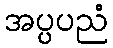
အပ္ပပညံ